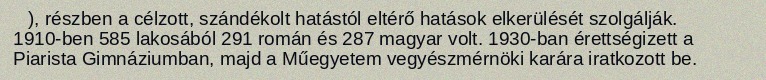
), részben a célzott, szándékolt hatástól eltérő hatások elkerülését szolgálják. 1910-ben 585 lakosából 291 román és 287 magyar volt. 1930-ban érettségizett a Piarista Gimnáziumban, majd a Műegyetem vegyészmérnöki karára iratkozott be.